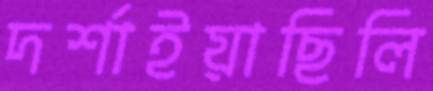
দর্শাইয়াছিলি